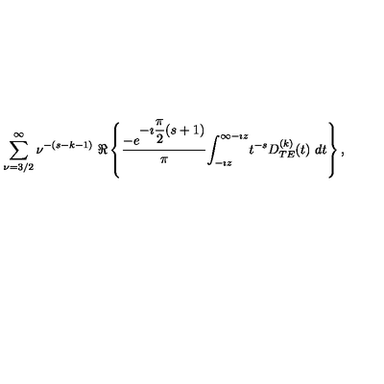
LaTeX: \begin{array} { c } { \displaystyle { \sum _ { \nu = 3 / 2 } ^ { \infty } \nu ^ { - ( s - k - 1 ) } } \ \Re \left\{ \displaystyle { \frac { - e ^ { \displaystyle { - \imath \frac { \pi } { 2 } ( s + 1 ) } } } { \pi } } \displaystyle { \int _ { - \imath z } ^ { \infty - \imath z } } t ^ { - s } \displaystyle { D _ { T E } ^ { ( k ) } ( t ) } \ d t \right\} , } \\ \end{array}